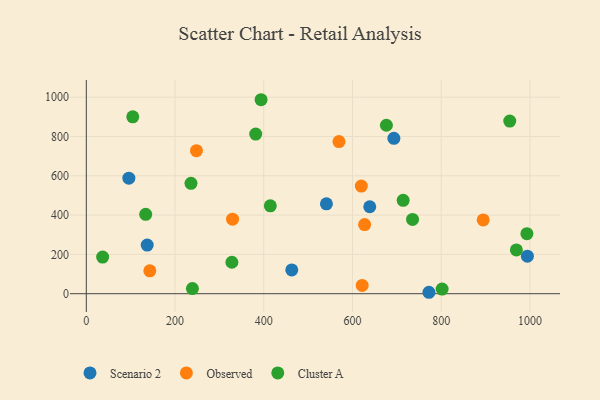
{"axis": {"x": "Experience", "y": "Sales"}, "legend": ["Cluster A", "Observed", "Scenario 2"], "data": [{"x": "463.2", "y": 120.9, "type": "Scenario 2"}, {"x": "994.3", "y": 190.9, "type": "Scenario 2"}, {"x": "693.4", "y": 790.7, "type": "Scenario 2"}, {"x": "541.3", "y": 457.5, "type": "Scenario 2"}, {"x": "772.4", "y": 7.3, "type": "Scenario 2"}, {"x": "137.3", "y": 247.6, "type": "Scenario 2"}, {"x": "639.0", "y": 442.5, "type": "Scenario 2"}, {"x": "95.9", "y": 587.8, "type": "Scenario 2"}, {"x": "329.7", "y": 379.4, "type": "Observed"}, {"x": "569.6", "y": 774.3, "type": "Observed"}, {"x": "248.3", "y": 727.6, "type": "Observed"}, {"x": "620.0", "y": 547.9, "type": "Observed"}, {"x": "894.7", "y": 375.6, "type": "Observed"}, {"x": "143.2", "y": 116.3, "type": "Observed"}, {"x": "621.9", "y": 42.3, "type": "Observed"}, {"x": "627.4", "y": 352.0, "type": "Observed"}, {"x": "802.1", "y": 23.7, "type": "Cluster A"}, {"x": "714.3", "y": 475.4, "type": "Cluster A"}, {"x": "239.2", "y": 26.2, "type": "Cluster A"}, {"x": "414.8", "y": 447.3, "type": "Cluster A"}, {"x": "954.6", "y": 878.5, "type": "Cluster A"}, {"x": "133.9", "y": 404.1, "type": "Cluster A"}, {"x": "236.0", "y": 561.8, "type": "Cluster A"}, {"x": "381.9", "y": 812.3, "type": "Cluster A"}, {"x": "104.7", "y": 900.2, "type": "Cluster A"}, {"x": "676.5", "y": 857.1, "type": "Cluster A"}, {"x": "735.4", "y": 378.0, "type": "Cluster A"}, {"x": "993.2", "y": 305.3, "type": "Cluster A"}, {"x": "394.0", "y": 987.1, "type": "Cluster A"}, {"x": "328.2", "y": 160.0, "type": "Cluster A"}, {"x": "36.8", "y": 186.5, "type": "Cluster A"}, {"x": "969.5", "y": 222.8, "type": "Cluster A"}]}